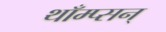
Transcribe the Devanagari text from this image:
थाँम्प्सन्